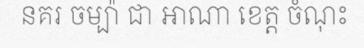
នគរ ចម្ប៉ា ជា អាណា ខេត្ត ចំណុះ